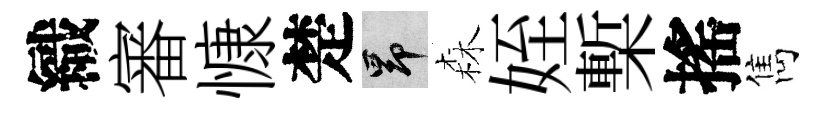
織審慷楚昂森姪槧搖雋